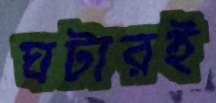
ঘটারই